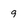
Character: 9